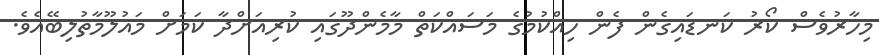
މިހާރުވެސް ކޯރު ކަނޑައިގެން ފެން ހިއްކުމުގެ މަސައްކަތް މާމެންދޫގައި ކުރިއަށްދާ ކަމަށް މައުލޫމާތުލިބޭއެވެ.